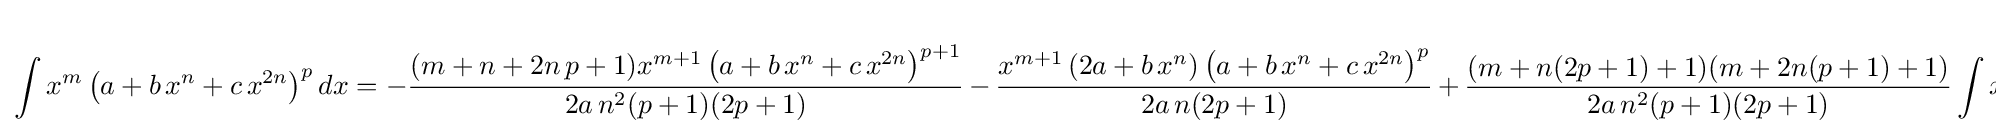
\int x^{m}\left(a+b\,x^{n}+c\,x^{2n}\right)^{p}dx=-{\frac {(m+n+2n\,p+1)x^{m+1}\left(a+b\,x^{n}+c\,x^{2n}\right)^{p+1}}{2a\,n^{2}(p+1)(2p+1)}}\,-\,{\frac {x^{m+1}\left(2a+b\,x^{n}\right)\left(a+b\,x^{n}+c\,x^{2n}\right)^{p}}{2a\,n(2p+1)}}\,+\,{\frac {(m+n(2p+1)+1)(m+2n(p+1)+1)}{2a\,n^{2}(p+1)(2p+1)}}\int x^{m}\left(a+b\,x^{n}+c\,x^{2n}\right)^{p+1}dx